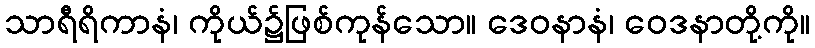
သာရီရိကာနံ၊ ကိုယ်၌ဖြစ်ကုန်သော။ ဒေဝနာနံ၊ ဝေဒနာတို့ကို။